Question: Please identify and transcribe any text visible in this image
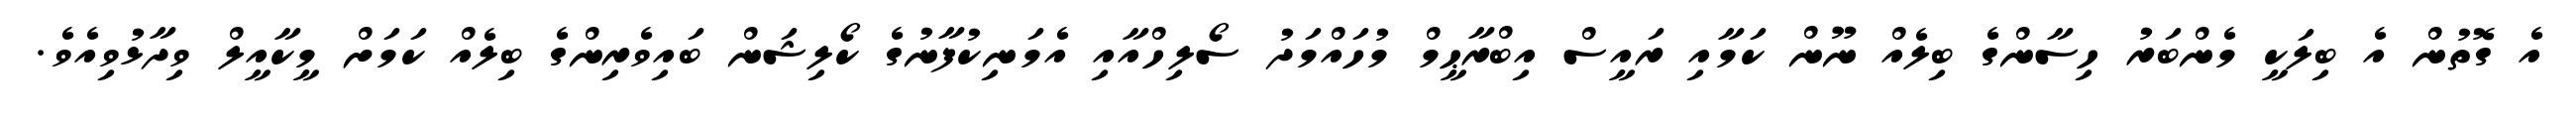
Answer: އެ ގޮތުން އެ ބިލަކީ މެންބަރު ހިސާންގެ ބިލެއް ނޫން ކަމާއި ރައީސް އިބްރާޙީމް މުހައްމަދު ސޯލިހްއާއި އެމަނިކުފާނުގެ ކޯލިޝަން ބައިވެރިންގެ ބިލެއް ކަމަށް މީކާއީލް ވިދާޅުވިއެވެ.